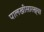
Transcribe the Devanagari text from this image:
पालखीसारख्या